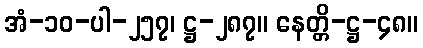
အံ-၁၀-ပါ-၂၅၇၊ ဋ္ဌ-၂၈၇။ နေတ္တိ-ဋ္ဌ-၄၈။